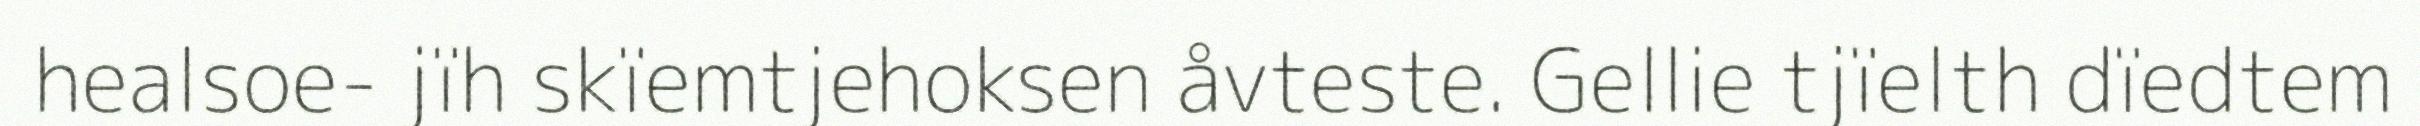
healsoe- jïh skïemtjehoksen åvteste. Gellie tjïelth dïedtem